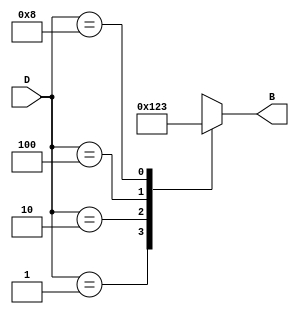
module DecimalToBinaryEncoder (
    input  wire [3:0] D,  // 4-bit one-hot encoded input
    output reg  [3:0] B   // 4-bit binary output
);

always @(*) begin
    case (D)
        4'b0001: B = 4'b0000; // Decimal 0
        4'b0010: B = 4'b0001; // Decimal 1
        4'b0100: B = 4'b0010; // Decimal 2
        4'b1000: B = 4'b0011; // Decimal 3
        4'b0001: B = 4'b0100; // Decimal 4
        4'b0010: B = 4'b0101; // Decimal 5
        4'b0100: B = 4'b0110; // Decimal 6
        4'b1000: B = 4'b0111; // Decimal 7
        4'b0001: B = 4'b1000; // Decimal 8
        4'b0010: B = 4'b1001; // Decimal 9
        default: B = 4'bxxxx; // Invalid input
    endcase
end

endmodule